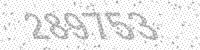
Solution: 289753